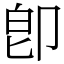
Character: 卽